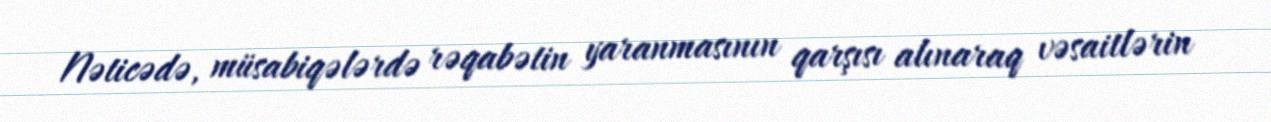
Nəticədə, müsabiqələrdə rəqabətin yaranmasının qarşısı alınaraq vəsaitlərin